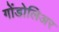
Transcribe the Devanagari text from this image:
गोंडोलिअर